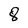
Character: 8